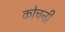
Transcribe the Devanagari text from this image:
कोचनी